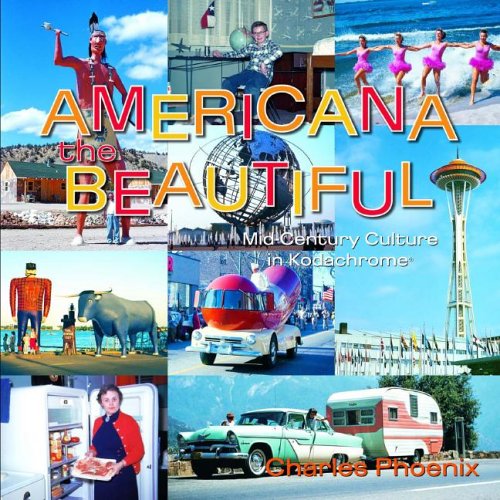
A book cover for Americana the Beautiful: Mid-century Culture in Kodachrome; Charles Phoenix; Humor & Entertainment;